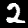
Label: 2